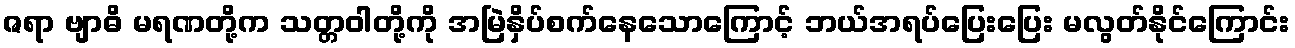
ဇရာ ဗျာဓိ မရဏတို့က သတ္တဝါတို့ကို အမြဲနှိပ်စက်နေသောကြောင့် ဘယ်အရပ်ပြေးပြေး မလွတ်နိုင်ကြောင်း